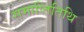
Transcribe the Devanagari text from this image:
समाप्तितिथि